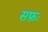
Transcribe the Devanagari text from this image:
सफ़ः